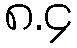
၈.၄